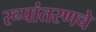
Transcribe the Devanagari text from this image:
रूपांतरणचे